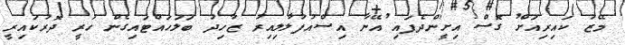
މޭޒު ކައިރިއަށް ގޮސް އިށީންދެފައި އޭނާ އިސްއުފުލާލިއިރު ޒާހިދު ބަލަހައްޓައިގެން ހުރީ ދޮރުކައިރީ